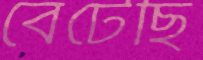
বেটেছি